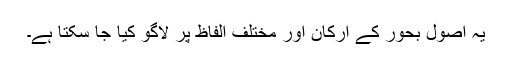
یہ اصول بحور کے ارکان اور مختلف الفاظ پر لاگو کیا جا سکتا ہے۔